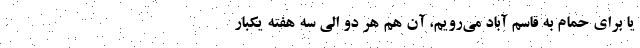
یا برای حمام به قاسم آباد می‌رویم، آن هم هر دو الی سه هفته یکبار